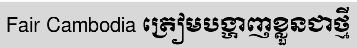
Fair Cambodia ត្រៀមបង្ហាញខ្លួនជាថ្មី